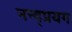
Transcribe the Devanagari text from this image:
नन्द्प्रयग